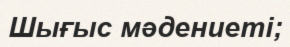
Шығыс мәдениеті;